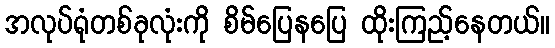
အလုပ်ရုံတစ်ခုလုံးကို စိမ်ပြေနပြေ ထိုးကြည့်နေတယ်။